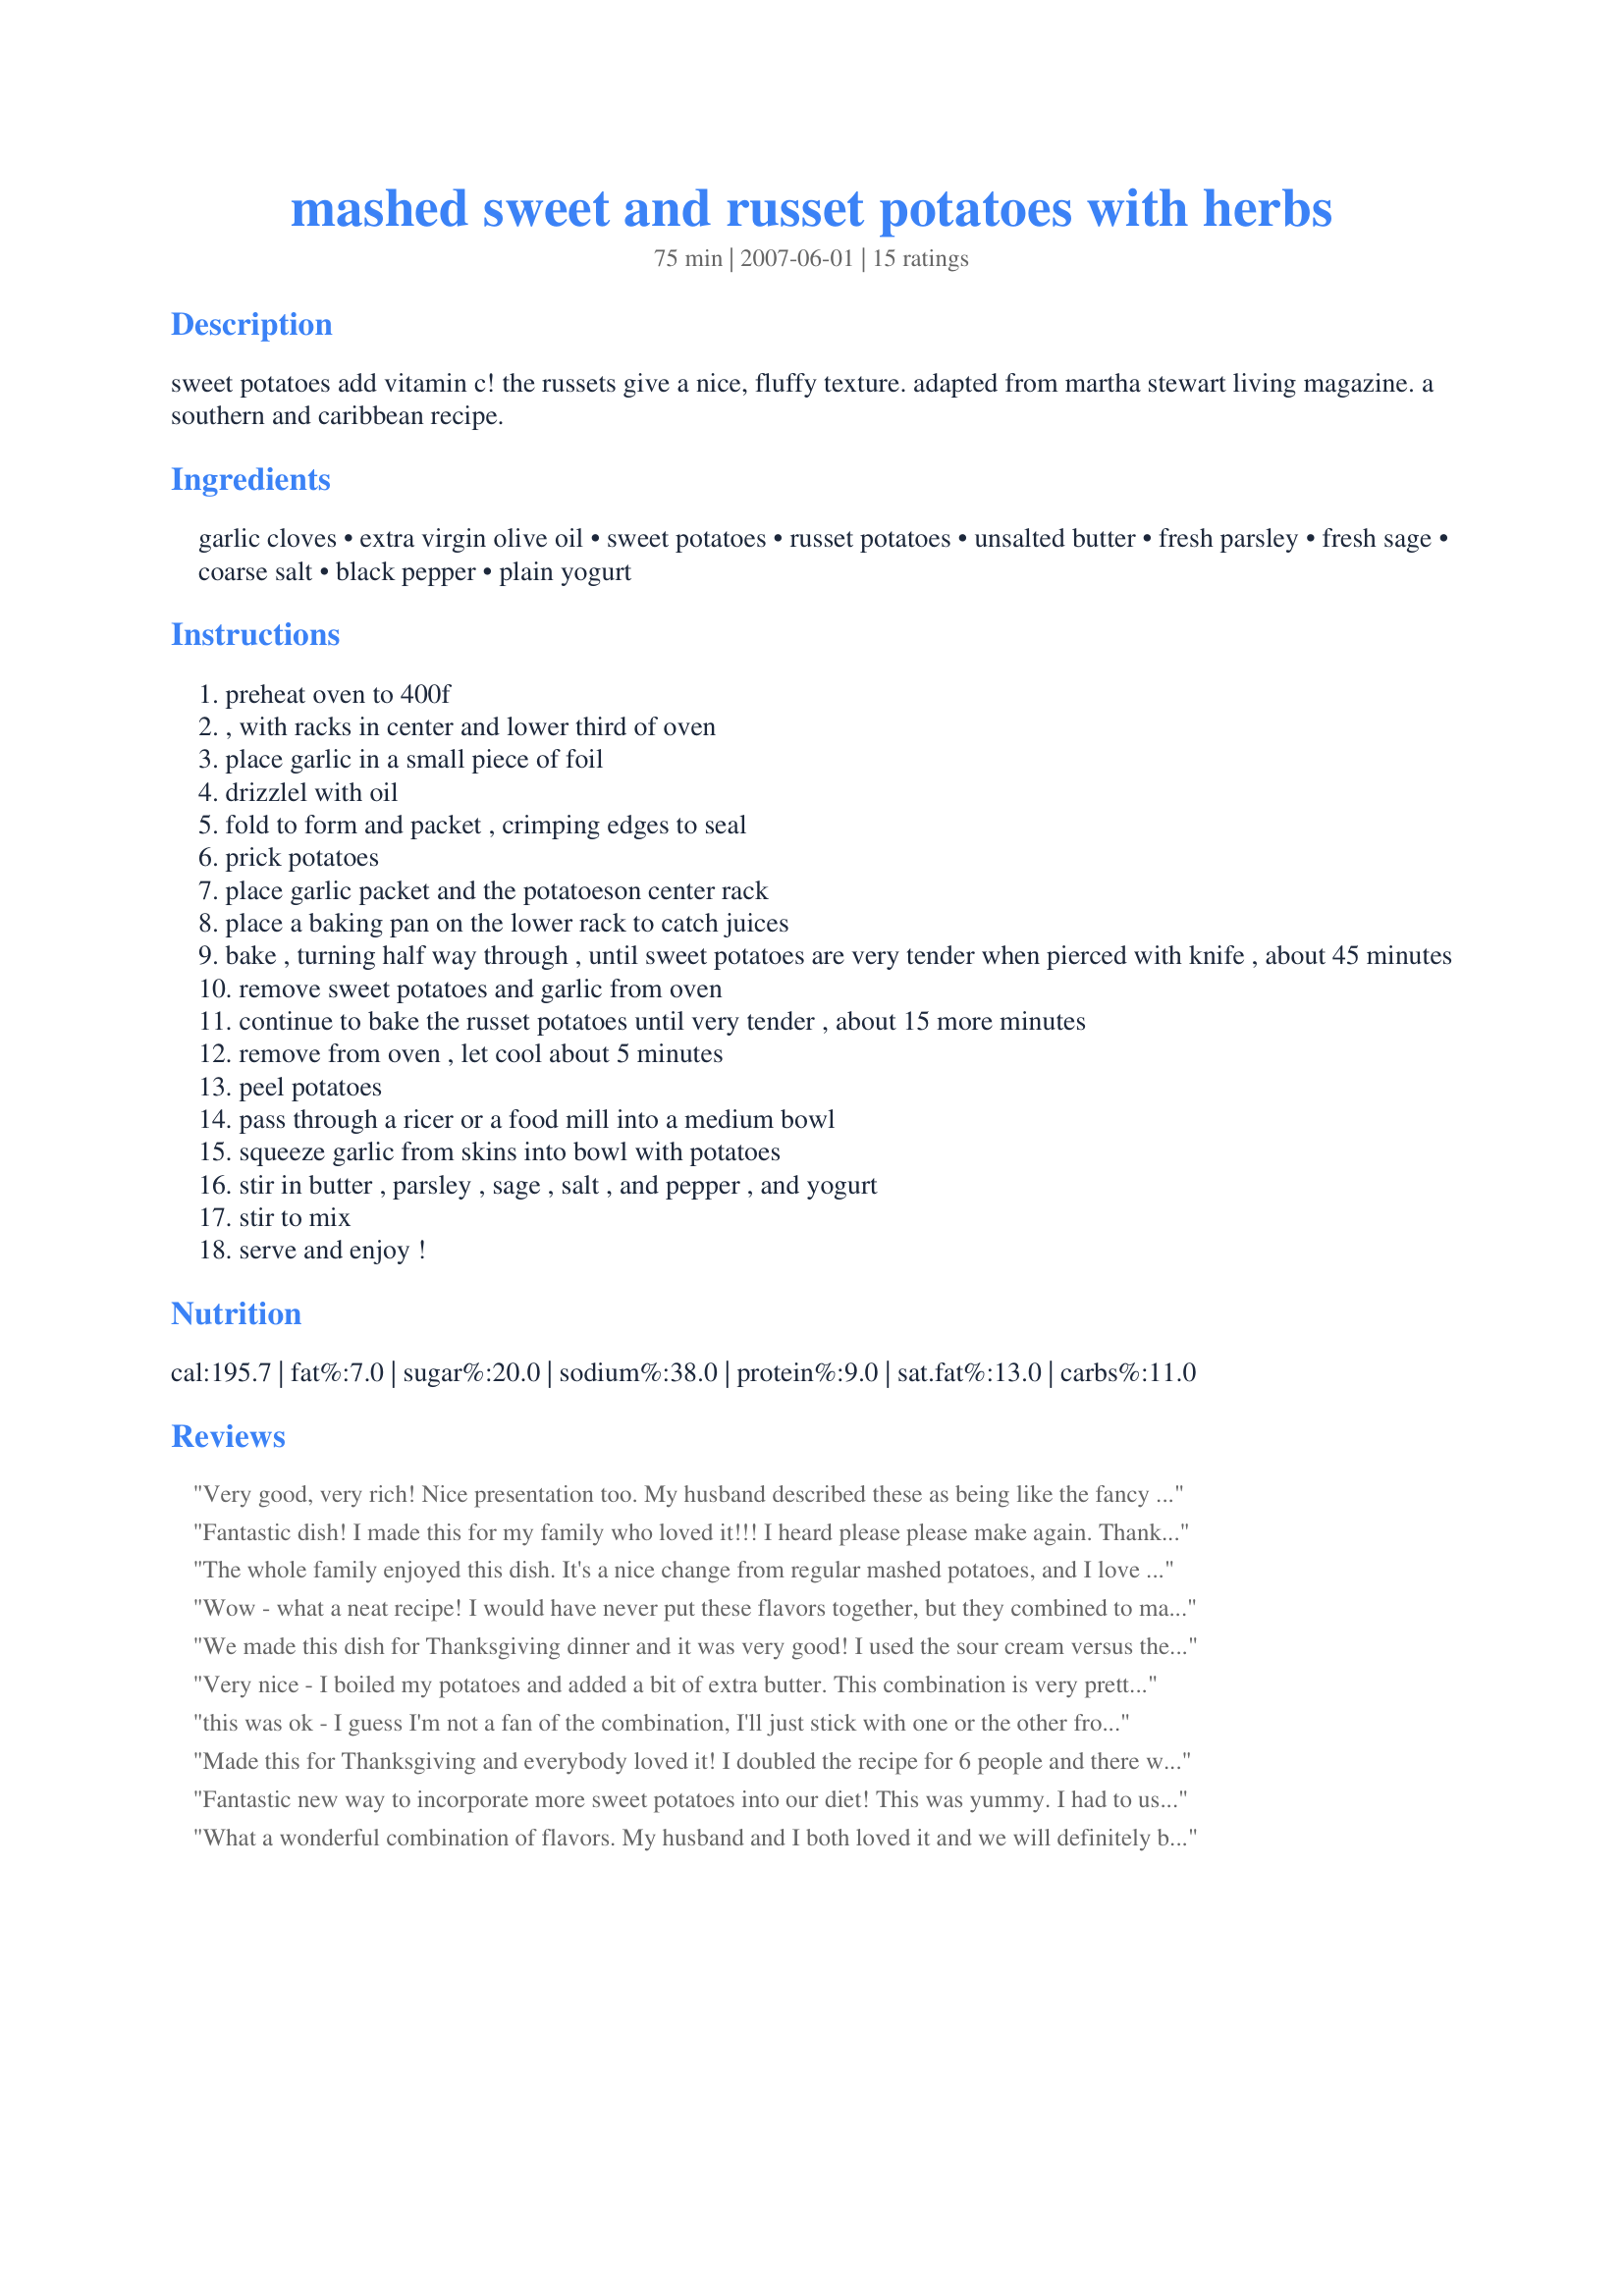
mashed sweet and russet potatoes with herbs
Preparation time: 75 minutes

sweet potatoes add vitamin c! the russets give a nice, fluffy texture. adapted from martha stewart living magazine. a southern and caribbean recipe.

Ingredients:
garlic cloves, extra virgin olive oil, sweet potatoes, russet potatoes, unsalted butter, fresh parsley, fresh sage, coarse salt, black pepper, plain yogurt

Steps:
preheat oven to 400f
, with racks in center and lower third of oven
place garlic in a small piece of foil
drizzlel with oil
fold to form and packet , crimping edges to seal
prick potatoes
place garlic packet and the potatoeson center rack
place a baking pan on the lower rack to catch juices
bake , turning half way through , until sweet potatoes are very tender when pierced with knife , about 45 minutes
remove sweet potatoes and garlic from oven
continue to bake the russet potatoes until very tender , about 15 more minutes
remove from oven , let cool about 5 minutes
peel potatoes
pass through a ricer or a food mill into a medium bowl
squeeze garlic from skins into bowl with potatoes
stir in butter , parsley , sage , salt , and pepper , and yogurt
stir to mix
serve and enjoy !

Reviews:
Very good, very rich! Nice presentation too. My husband described these as being like the fancy potatoes you get a fancy shaped spoonful of at a restaurant. I've never roasted garlic-the foil packet worked perfectly. I did a half recipie using the toaster oven, which worked perfectly. Thanks for posting Sharon.
Fantastic dish! I made this for my family who loved it!!! I heard please please make again. Thanks for posting such a wonderful blend of flavors.
The whole family enjoyed this dish. It's a nice change from regular mashed potatoes, and I love the fact that we are getting extra vitamins from the sweet potatoes. Thank you for sharing your recipe.
Wow - what a neat recipe! I would have never put these flavors together, but they combined to make a wonderful dish. We loved the texture and the addition of the herbs. Be sure to use fresh herbs if you have them available - they make such a difference. Excellent recipe - Thanks so much for sharing!
We made this dish for Thanksgiving dinner and it was very good! I used the sour cream versus the yogurt. We are not big sweet potato eaters and the blend between the two potatoes is what caught my eye. It was very good and I will definately make this again! Thank you!
Very nice - I boiled my potatoes and added a bit of extra butter. This combination is very pretty and has great flavor that makes for an interesting change of pace. Thanks for posting!
this was ok - I guess I'm not a fan of the combination, I'll just stick with one or the other from now on. But, definitely a change of pace. Thanks for posting.
Made this for Thanksgiving and everybody loved it! I doubled the recipe for 6 people and there was plenty!
Fantastic new way to incorporate more sweet potatoes into our diet! This was yummy. I had to use ground sage as that's all I had, but I didn't change anything else. The roasted garlic and fresh parsley really come through. Yum! Thanks Sharon!
What a wonderful combination of flavors. My husband and I both loved it and we will definitely be making this again. It is on the menu for our Thanksgiving Dinner and I am sure everyone will love it as much as we did.
Really interesting recipe.. a sweet and salty combo. I'd definitely recommend trying it!
Awesome recipe! I just used regular old white potatoes and tripled the batch. Didn't need quite as much salt as called for. A real compliment to Thanksgiving. Thanks :)
Super yummy. I used 1 large sweet potato and 1 large white potato and slightly lowered the amount of the other ingredients. The only problem I had was my garlic cooked rocked hard so had to use garlic powder - would only cook for about 15 to 30 minutes and used plain yoghurt (was going to used sour cream but found it was out of date). Next time for the 3 of us I will up the quantities of potatoes, served with Latchy's recipe #113426 113426 and some steamed spinach. Thank you Sharon123, made as a recipenap/pressie for Swap #39, April 2010.
I made this yesterday for Thanksgiving, also. We loved it! I had to use dry spices, except garlic, since I couldn't find the fresh sage or parsley. I live out in the Boonies of New Hampshire and many of the "niceties" of city living are not available up here. Also, we only use salted butter, so I used that. However, it was still delicous. I could have cook the potatoes a bit longer, but the roasted garlic came out perfectly. I will definitely be doing this again, and not just for a special meal.
Thanks, Sharon. It was great.
Scrumptious! We've made this recipe three times now and just love it! Once I took it to a Christmas dinner and kept hearing people comment on how delicious it was. Thanks so much for sharing this tasty dish :)
